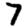
Digit: 7